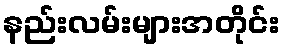
နည်းလမ်းများအတိုင်း